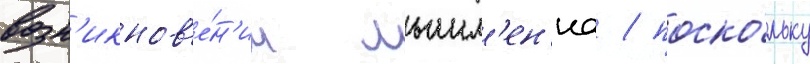
возн'икнов'е́н'ии мышл'ен'иа / поско́льку